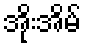
အိုးအိမ်